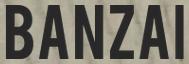
BANZAI